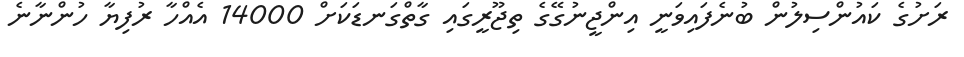
ރަށުގެ ކައުންސިލުން ބުނެފައިވަނީ އިންޖީނުގޭގެ ތިޖޫރީގައި ގާތްގަނޑަކަށް 14000 އެއްހާ ރުފިޔާ ހުންނާނެ